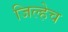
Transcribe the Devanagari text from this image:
जिल्हेच